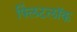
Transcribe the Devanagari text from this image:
फ्लिंटलॉक